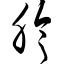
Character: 胗